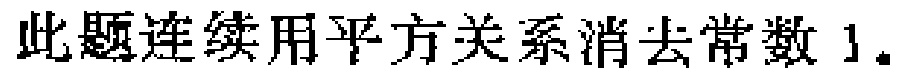
此题连续用平方关系消去常数 1.